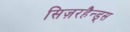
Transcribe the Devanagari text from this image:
सिज़रहैन्ड्स